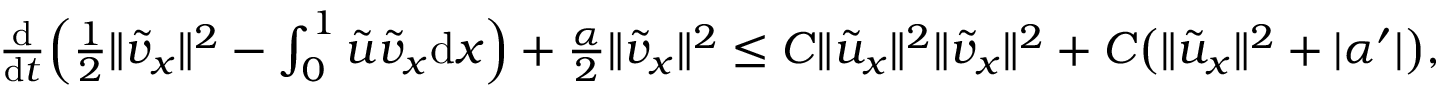
\begin{array} { r } { \frac { \mathrm { d } } { \mathrm { d } t } \Big ( \frac 1 2 \| { \tilde { v } } _ { x } \| ^ { 2 } - \int _ { 0 } ^ { 1 } { \tilde { u } } { \tilde { v } } _ { x } { \mathrm { d } x } \Big ) + \frac { \alpha } { 2 } \| { \tilde { v } } _ { x } \| ^ { 2 } \le C \| { \tilde { u } } _ { x } \| ^ { 2 } \| { \tilde { v } } _ { x } \| ^ { 2 } + C \big ( \| { \tilde { u } } _ { x } \| ^ { 2 } + | \alpha ^ { \prime } | \big ) , } \end{array}